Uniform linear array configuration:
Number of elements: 16
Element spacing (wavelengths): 0.75
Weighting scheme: hamming
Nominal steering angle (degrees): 60
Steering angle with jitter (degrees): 60.922
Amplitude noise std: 0.05
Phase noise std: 0.05

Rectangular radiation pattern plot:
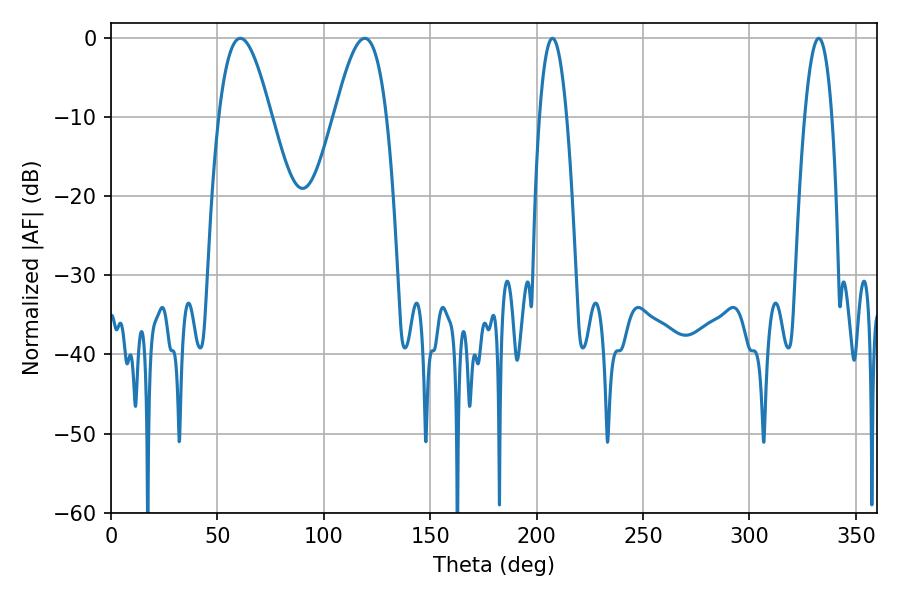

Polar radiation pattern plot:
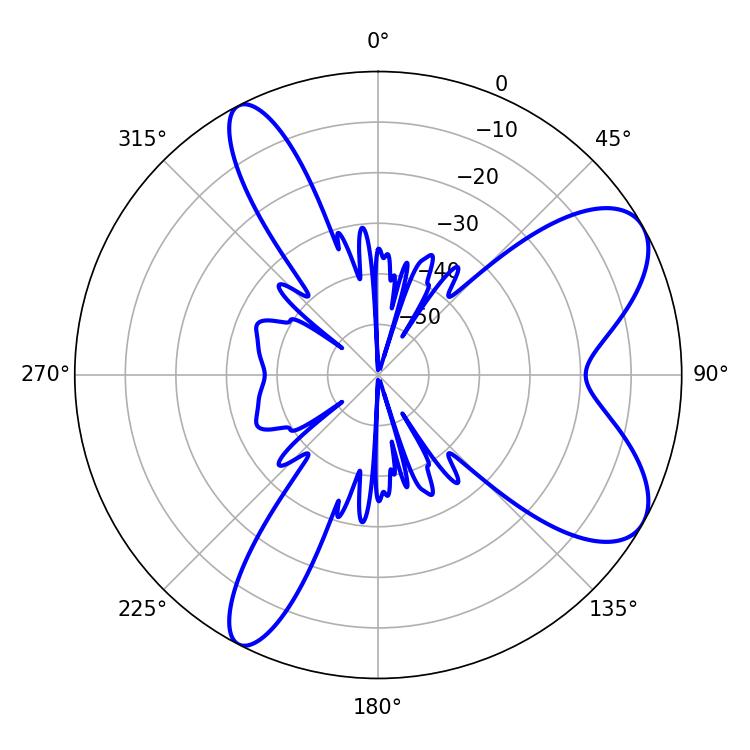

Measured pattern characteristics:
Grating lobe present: TRUE
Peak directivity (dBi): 7.854
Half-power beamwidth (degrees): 13.14
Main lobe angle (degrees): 60.84